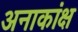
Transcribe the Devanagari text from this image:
अनाकांक्ष